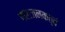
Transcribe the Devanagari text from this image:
फलजनकत्वं